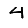
Digit: 4